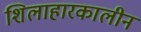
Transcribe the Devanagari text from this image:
शिलाहारकालीन